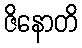
ဇိနောတိ